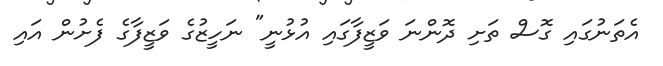
އެތަނުގައި ގޮސް ތަށި ދޮންނަ ވަޒީފާގައި އުޅުނީ" ނަހީޒުގެ ވަޒީފާގެ ފެށުން އައި